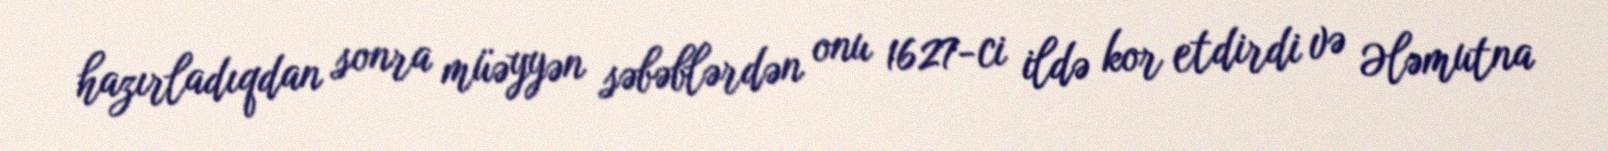
hazırladıqdan sonra müəyyən səbəblərdən onu 1627-ci ildə kor etdirdi və Ələmutna